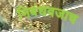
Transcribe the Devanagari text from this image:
निबंधवजाच